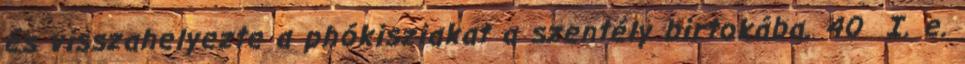
és visszahelyezte a phókisziakat a szentély birtokába. 40 I. e.